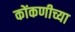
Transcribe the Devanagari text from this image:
कोंकणीच्या